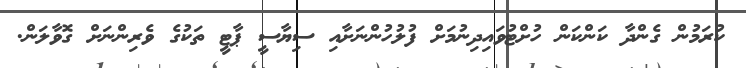
ކުރަމުން ގެންދާ ކަންކަން ހުށްޓުވައިދިނުމަށް ފުލުހުންނަށާއި ސިޔާސީ ޕާޓީ ތަކުގެ ވެރިންނަށް ގޮވާލަން.